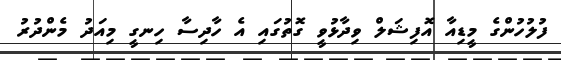
ފުލުހުންގެ މީޑިއާ އޮފިޝަލް ވިދާޅުވީ ގޮތުގައި އެ ހާދިސާ ހިނގީ މިއަދު މެންދުރު